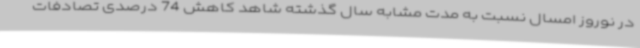
در نوروز امسال نسبت به مدت مشابه سال گذشته شاهد کاهش 74 درصدی تصادفات